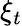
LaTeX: \xi_{t}